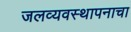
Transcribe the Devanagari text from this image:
जलव्यवस्थापनाचा